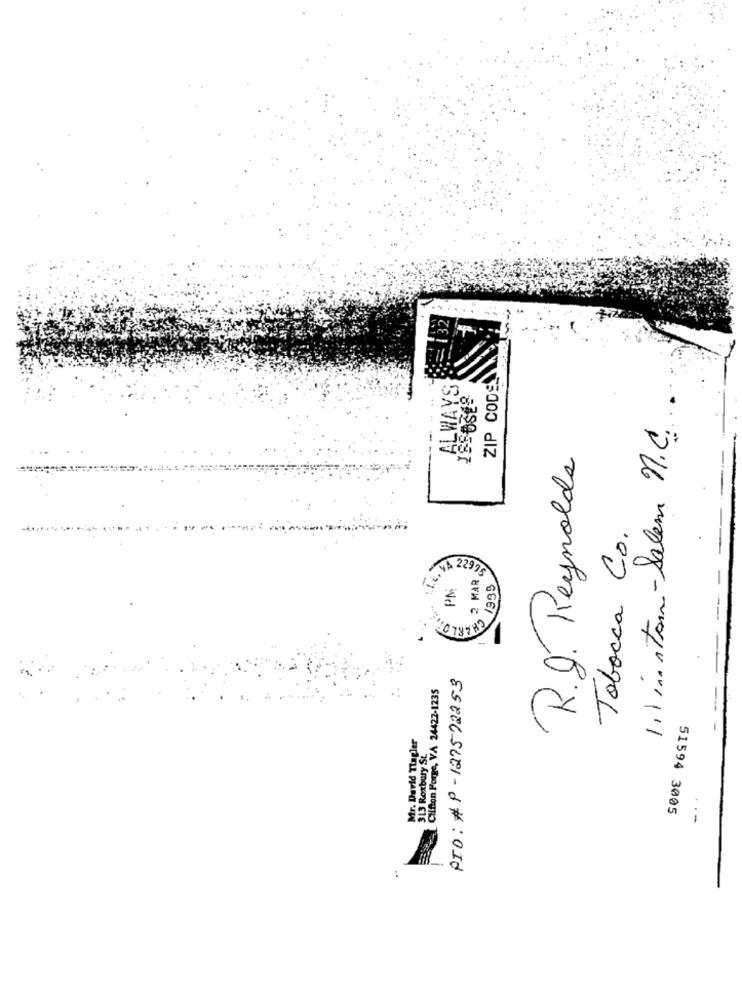
132
ZIP CODE
ALWAYS
1.1 i stan-Salem n.C ...
R.J. Reynolds
Tobocca Co.
2 MARS
MA VA 22995
PM
/995
PID: #P-127572253
Clifton Forge, VA 24422-1235
Mr. David Tlagler
313 Roxbury St.
...
51594 3005